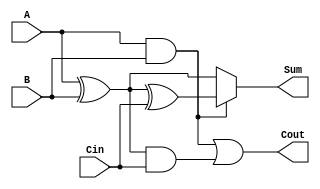
module ConditionalSumFullAdder (
    input wire A,     // 1-bit binary input A
    input wire B,     // 1-bit binary input B
    input wire Cin,   // 1-bit carry input
    output wire Sum,  // 1-bit sum output
    output wire Cout  // 1-bit carry output
);

// Internal signals
wire S1, S2;        // Intermediate sum results
wire C1, C2;        // Intermediate carry results

// Compute S1 and C1 (when Cin is 0)
assign S1 = A ^ B;            // S1 = A XOR B
assign C1 = A & B;            // C1 = A AND B

// Compute S2 and C2 (when Cin is 1)
assign S2 = S1 ^ Cin;         // S2 = S1 XOR Cin
assign C2 = S1 & Cin;         // C2 = S1 AND Cin

// Final outputs
assign Sum = C1 ? S2 : S1;    // Use S2 if C1 is true, else use S1
assign Cout = C1 | C2;        // Cout = C1 OR C2

endmodule